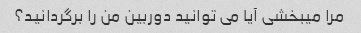
مرا میبخشی آیا می توانید دوربین من را برگردانید؟